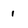
Character: 1